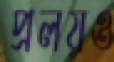
প্রলয়ও